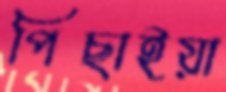
পিছাইয়া